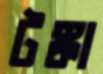
টঙ্কা